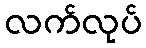
လက်လုပ်